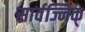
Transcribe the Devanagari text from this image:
सार्वज्निक्